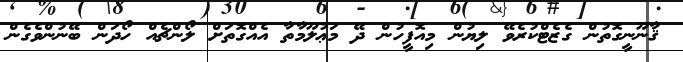
ޤާނޫނީގޮތުން ގެޒެޓްކުރެވޭ ލިޔުން މިއޮފީހުން ދޭ މަޢުލޫމާތާ އެއްގޮތަށް ލޯންޗެއް ހޯދަން ބޭނުންވެގެން